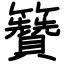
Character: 籫